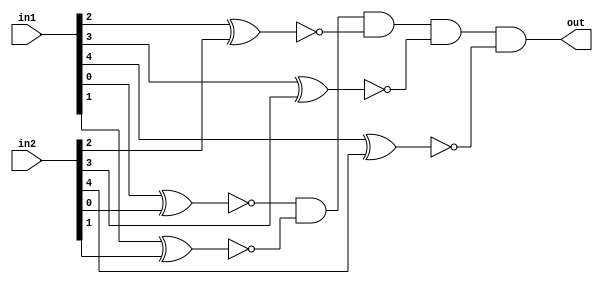
module isEqual(in1, in2, out);

	input [4:0] in1, in2;
	output out;

	wire [4:0] result;
	
	xnor (result[0], in1[0], in2[0]);
	xnor (result[1], in1[1], in2[1]);
	xnor (result[2], in1[2], in2[2]);
	xnor (result[3], in1[3], in2[3]);
	xnor (result[4], in1[4], in2[4]);
	
	and (out, result[0], result[1], result[2], result[3], result[4]);
	
endmodule